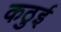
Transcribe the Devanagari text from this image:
कठुई